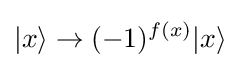
|x\rangle \to (-1)^{f(x)}|x\rangle